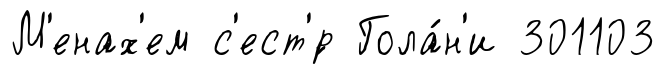
М'енах'ем с'ест'́р Гола́н'и 301103